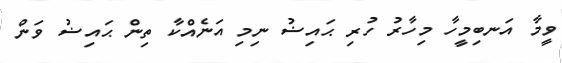
ވީމާ އަނބިމީހާ މިހާރު ހުރި ޙައިޟު ނިމި އަނެއްކާ ތިން ޙައިޟު ވަން